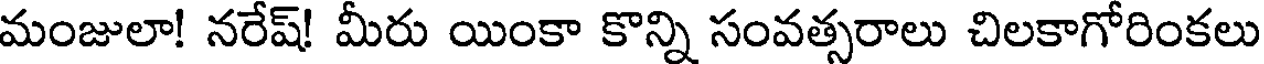
మంజులా! నరేష్! మీరు యింకా కొన్ని సంవత్సరాలు చిలకాగోరింకలు